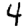
Digit: 4